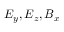
E _ { y } , E _ { z } , B _ { x }